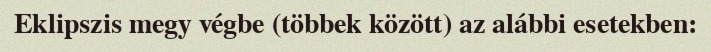
Eklipszis megy végbe (többek között) az alábbi esetekben: